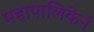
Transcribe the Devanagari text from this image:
महापालिकेनं